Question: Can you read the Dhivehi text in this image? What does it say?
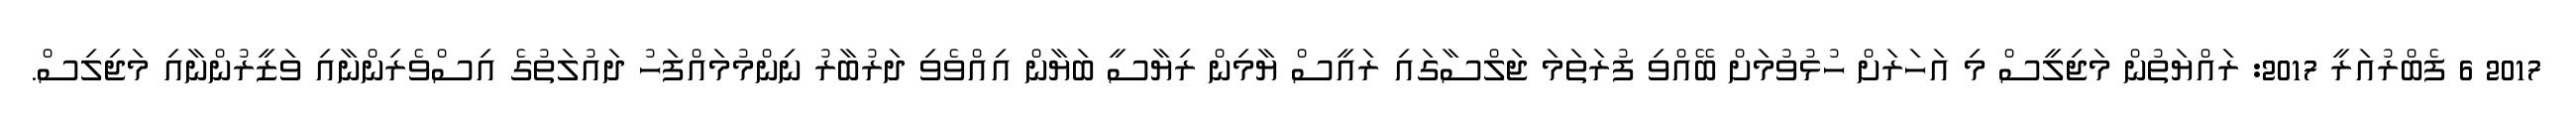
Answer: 2017 6 ފެބްރުއަރީ 2017: ރައްޔަތުން މަޖިލީސް މި އަހަރަށް ހުޅުވުމަށް ބޭއްވި ފުރަތަމަ ޖަލްސާގައި ރައީސް ޔާމިން ރިޔާސީ ބަޔާން އިއްވެވި ދަރުބާރު ނިންމުމައްފަހު ދައުލަތުގެ އިސްވެރިންނާއި ވަޒީރުންނާއި މަޖިލިސް.